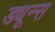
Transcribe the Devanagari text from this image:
ड्यून्स